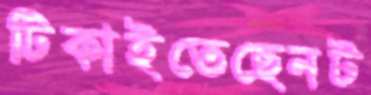
টিকাইতেছেনট